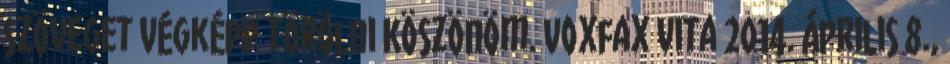
szöveget végképp törölni Köszönöm. Voxfax vita 2014. április 8.,